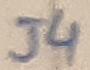
Text: J4